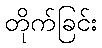
တိုက်ခြင်း